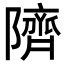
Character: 隮